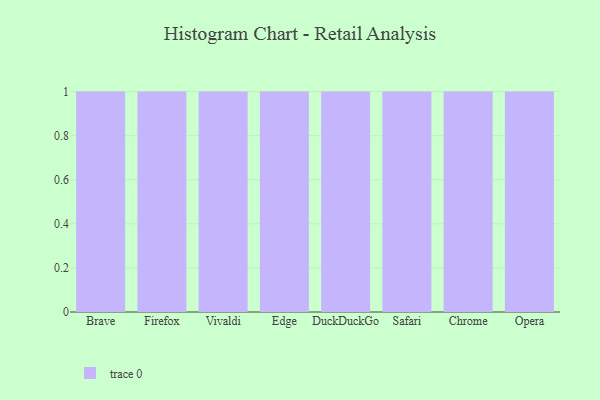
{"axis": {"x": "Browser", "y": "Temperature (°C)"}, "legend": [""], "data": [{"x": "Brave", "y": 71, "type": ""}, {"x": "Firefox", "y": 58, "type": ""}, {"x": "Vivaldi", "y": 14, "type": ""}, {"x": "Edge", "y": 20, "type": ""}, {"x": "DuckDuckGo", "y": 55, "type": ""}, {"x": "Safari", "y": 5, "type": ""}, {"x": "Chrome", "y": 87, "type": ""}, {"x": "Opera", "y": 74, "type": ""}]}